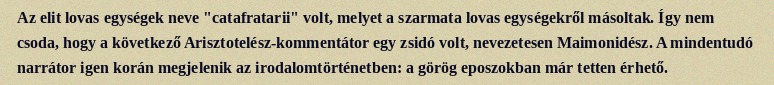
Az elit lovas egységek neve "catafratarii" volt, melyet a szarmata lovas egységekről másoltak. Így nem csoda, hogy a következő Arisztotelész-kommentátor egy zsidó volt, nevezetesen Maimonidész. A mindentudó narrátor igen korán megjelenik az irodalomtörténetben: a görög eposzokban már tetten érhető.